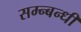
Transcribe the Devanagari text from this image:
सम्न्बन्धी